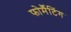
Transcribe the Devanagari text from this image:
फोर्मैटिंग